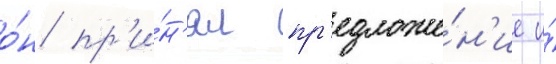
о́н пр'и́н'ял пр'едложе́н'ие и́